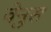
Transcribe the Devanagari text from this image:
वेनुस